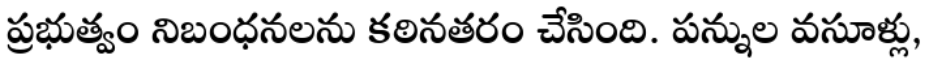
ప్రభుత్వం నిబంధనలను కఠినతరం చేసింది. పన్నుల వసూళ్లు,